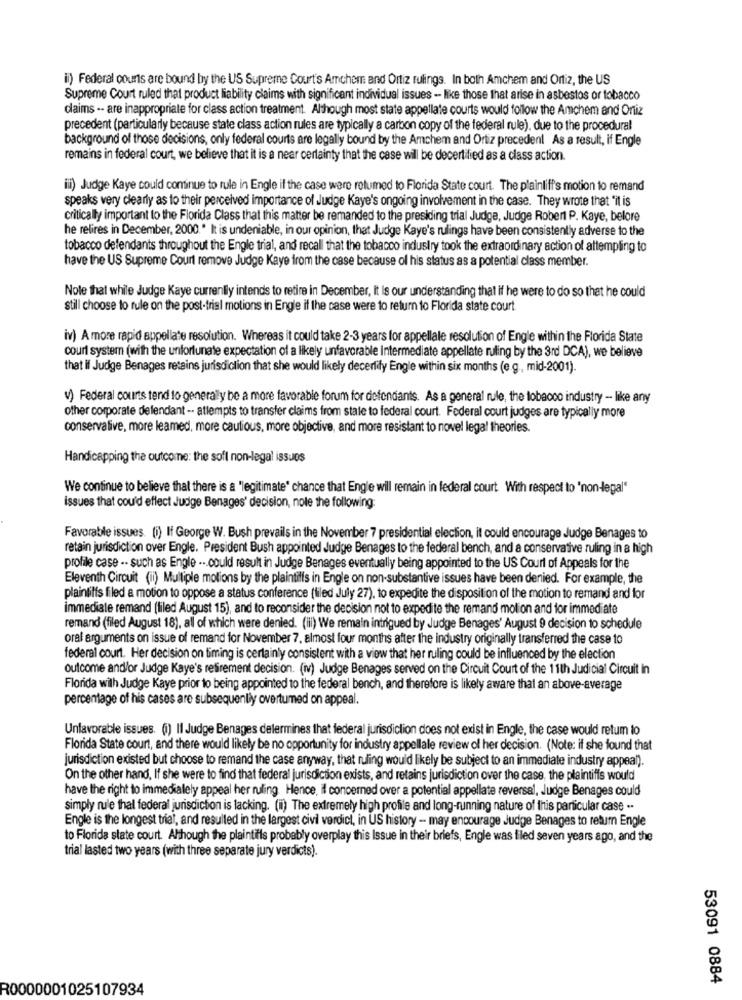
il) Federal courts are bound by the US Supreme Court's Amchem and Ortiz rulings. In both Amchem and Ortiz, the US
Supreme Court ruled that product liability claims with significant individual issues -- like those that arise in asbestos or tobacco
claims -- are inappropriate for class action treatment. Although most state appellate courts would follow the Amchem and Ortiz
precedent (particularly because state class action rules are typically a carbon copy of the federal rule), due to the procedural
background of those decisions, only federal courts are legally bound by the Amchem and Ortiz precedent As a result, if Engle
remains in federal court, we believe that it is a near certainty that the case will be decertified as a class action.
il) Judge Kaye could continue to rule in Engle if the case were retumed to Florida State court. The plaintiff's motion to remand
speaks very clearly as to their perceived importance of Judge Kaye's ongoing involvement in the case. They wrote that "it is
critically important to the Florida Class that this matter be remanded to the presiding trial Judge, Judge Robert P. Kaye, belore
he relires in December, 2000." It is undeniable, in our opinion, that Judge Kaye's rulings have been consistently adverse to the
tobacco defendants throughout the Engle trial, and recall that the tobacco industry took the extraordinary action of altempling to
have the US Supreme Court remove Judge Kaye from the case because of his status as a potential class member.
Note that while Judge Kaye currently intends to retire in December, It Is our understanding that if he were to do so that he could
still choose to rule on the post-trial motions in Engle if the case were to return to Florida state court.
iv) A more rapid appellate resolution. Whereas it could take 2-3 years for appellale resolution of Engle within the Florida State
court system (with the unfortunate expectation of a likely unfavorable Intermediate appellate ruling by the 3rd DCA), we believe
that if Judge Benages retains jurisdiction that she would likely decerlify Engle within six months (e.g ., mid-2001).
v) Federal courts tend to generally be a more favorable forum for defendants. As a general rule, the tobacco industry - like any
other corporate defendant -- attempts to transfer claims from stale to federal court. Federal court judges are typically more
conservative, more leamed, more cautious, more objective, and more resistant to novel legal theories.
Handicapping the outcome: the soft non-legal issues
We continue to believe that there is a "legitimate" chance that Engle will remain in federal court With respect to 'non-legal"
issues that cou'd effect Judge Benages' decision, nole the following:
Favorable issues. (i) If George W. Bush prevails in the November 7 presidential election, it could encourage Judge Benages to
retain jurisdiction over Engle. President Bush appointed Judge Benages to the federal bench, and a conservative ruling in a high
profile case -- such as Engle ... could result in Judge Benages eventually being appointed to the US Court of Appeals for the
Eleventh Circuit (ii) Multiple motions by the plaintiffs in Engle on non-substantive issues have been denied. For example, the
plaintiffs filed a motion to oppose a status conference (tiled July 27), to expedite the disposition of the motion to remand and for
immediate remand (filed August 15), and to reconsider the decision not to expedite the remand motion and for immediate
remand (filed August 18), all of which were denied. (il) We remain intrigued by Judge Benages' August 9 decision to schedule
oral arguments on issue of remand for November 7. almost four months after the industry originally transferred the case to
federal court. Her decision on timing is certainly consistent with a view that her ruling could be influenced by the election
outcome and/or Judge Kaye's retirement decision. (iv) Judge Benages served on the Circuit Court of the 11th Judicial Circuit in
Florida wilh Judge Kaye prior to being appointed to the federal bench, and therefore is likely aware that an above-average
percentage of his cases are subsequently overtumed on appeal.
Unfavorable issues. (i) Il Judge Benages delermines that federal jurisdiction does not exist in Engle, the case would retum to
Florida State court, and there would likely be no opportunity for industry appellale review of her decision. (Note: if she found that
jurisdiction existed but choose to remand the case anyway, that ruling would likely be subject to an immediate industry appeal).
On the other hand, If she were to find that federal jurisdiction exists, and retains jurisdiction over the case, the plaintiffs would
have the right to immedialely appeal her ruling. Hence, il concerned over a potential appellate reversal, Judge Benages could
simply rule thal federal jurisdiction is lacking. (i) The extremely high profile and long-running nature of this particular case --
Engle is the longest trial, and resulted in the largest civi verdict, in US history - may encourage Judge Benages to return Engle
to Florida state court. Athough the plaintiffs probably overplay this Issue in their briefs, Engle was filed seven years ago, and the
trial lasted two years (with three separate jury verdicts).
53091 0884
R0000001025107934